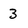
Character: 3